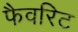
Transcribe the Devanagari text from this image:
फैवरिट